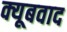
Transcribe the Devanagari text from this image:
क्यूबवाद